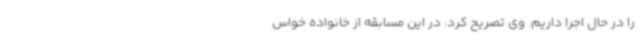
را در حال اجرا داریم. وی تصریح کرد: در این مسابقه از خانواده خواس